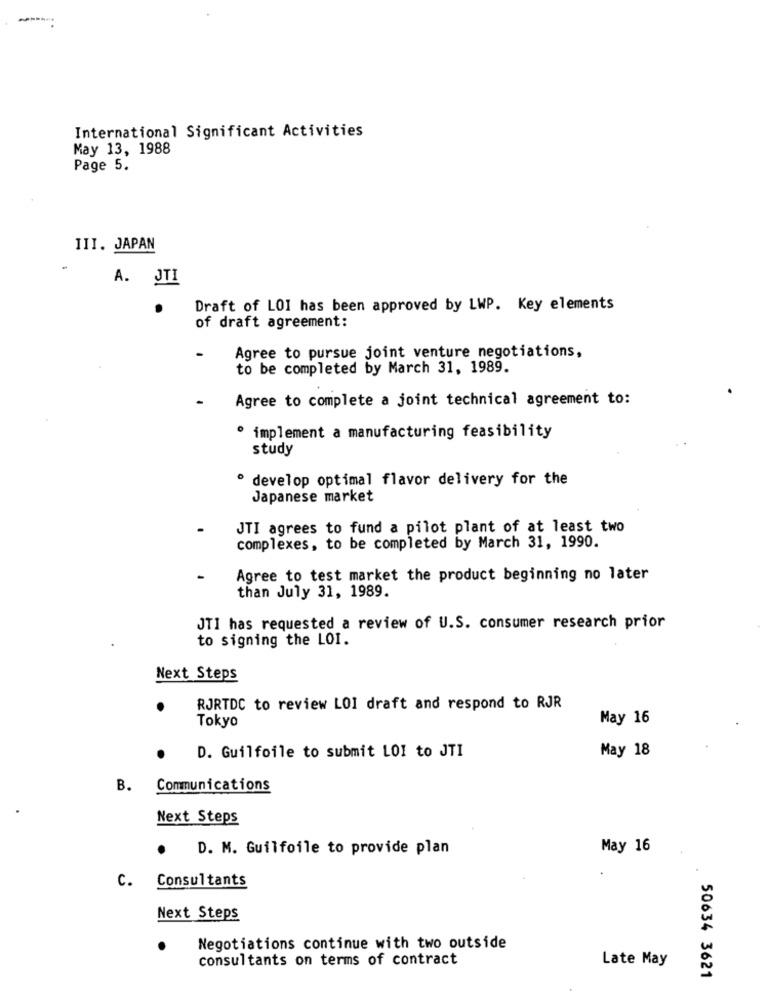
-
International Significant Activities
May 13, 1988
Page 5.
III. JAPAN
A. JTI
Draft of LOI has been approved by LWP. Key elements
of draft agreement:
Agree to pursue joint venture negotiations,
to be completed by March 31, 1989.
Agree to complete a joint technical agreement to:
· implement a manufacturing feasibility
study
· develop optimal flavor delivery for the
Japanese market
JTI agrees to fund a pilot plant of at least two
complexes, to be completed by March 31, 1990.
Agree to test market the product beginning no later
than July 31, 1989.
JTI has requested a review of U.S. consumer research prior
to signing the LOI.
Next Steps
RJRTDC to review LOI draft and respond to RJR
Tokyo
May 16
May 18
D. Guilfoile to submit LOI to JTI
B.
Communications
Next Steps
D. M. Guilfoile to provide plan
May 16
Consultants
C.
Next Steps
Negotiations continue with two outside
consultants on terms of contract
Late May
50634 3621
.